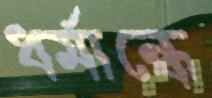
ধর্মান্ধে